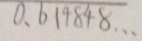
0 . 6 1 4 8 4 8 \cdots